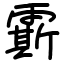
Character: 𩅰